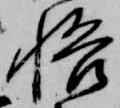
悟